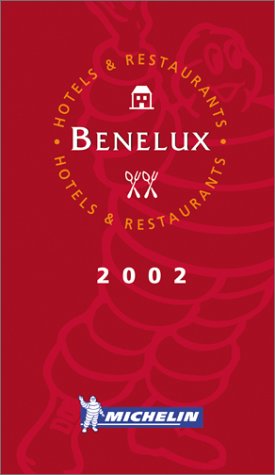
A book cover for Michelin THE RED GUIDE Benelux (Belgium, The Netherlands, Luxembourg) 2002; Travel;